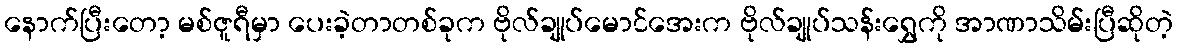
နောက်ပြီးတော့ မစ်ဇူရီမှာ ပေးခဲ့တာတစ်ခုက ဗိုလ်ချုပ်မောင်အေးက ဗိုလ်ချုပ်သန်းရွှေကို အာဏာသိမ်းပြီဆိုတဲ့